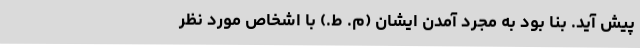
پیش‌ آید. بنا بود به‌ مجرد آمدن‌ ایشان‌ (م. ط.) با اشخاص‌ مورد نظر